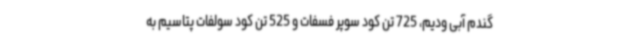
گندم آبی ودیم، 725 تن کود سوپر فسفات و 525 تن کود سولفات پتاسیم به